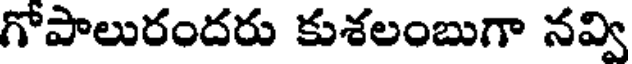
గోపాలురందరు కుశలంబుగా నవ్వి